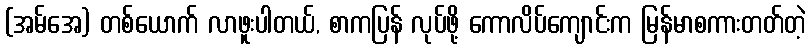
(အမ်အေ) တစ်ယောက် လာဖူးပါတယ်, စာကပြန် လုပ်ဖို့ ကောလိပ်ကျောင်းက မြန်မာစကားတတ်တဲ့